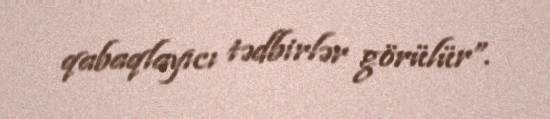
qabaqlayıcı tədbirlər görülür”.